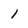
Character: 1